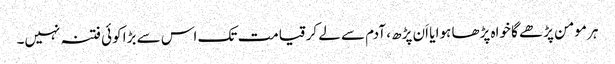
ہر مومن پڑھے گا خواہ پڑھا ہوا یا اَن پڑھ ، آدم سے لے کرقیامت تک اس سے بڑا کوئی فتنہ نہیں۔